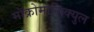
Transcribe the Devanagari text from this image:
मॉक्रोमोलिक्युल